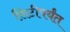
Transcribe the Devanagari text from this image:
सिटीपर्यंत